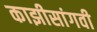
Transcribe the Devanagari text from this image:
काझीसांगवी